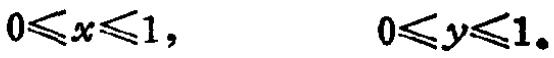
\(0\leqslant x\leqslant1,\) \(0\leqslant y\leqslant1。\)